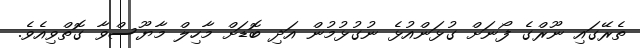
ތެރޭގައި ނޫރްގެ ފޯނަށް ގުޅަންއުޅެ ނުގުޅުމުން އަދި ބޮޑަށް މާހިލް މާޔޫސްވާ ގޮތްވިއެވެ.